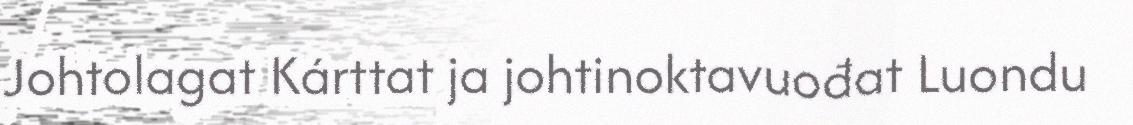
Johtolagat Kárttat ja johtinoktavuođat Luondu